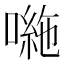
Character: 𭊠